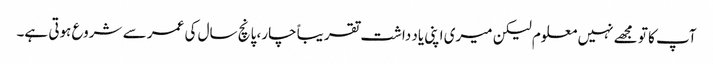
آپ کا تو مجھے نہیں معلوم لیکن میری اپنی یاد داشت تقریباً چار، پانچ سال کی عمر سے شروع ہوتی ہے۔